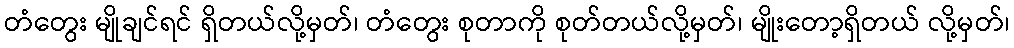
တံတွေး မျိုချင်ရင် ရှိတယ်လို့မှတ်၊ တံတွေး စုတာကို စုတ်တယ်လို့မှတ်၊ မျိုးတော့ရှိတယ် လို့မှတ်၊